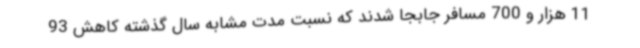
11 هزار و 700 مسافر جابجا شدند که نسبت مدت مشابه سال گذشته کاهش 93